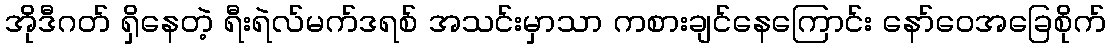
အိုဒီဂတ် ရှိနေတဲ့ ရီးရဲလ်မက်ဒရစ် အသင်းမှာသာ ကစားချင်နေကြောင်း နော်ဝေအခြေစိုက်